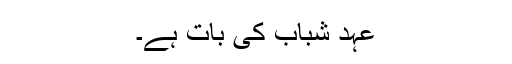
عہدِ شباب کی بات ہے۔